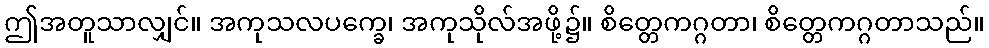
ဤအတူသာလျှင်။ အကုသလပက္ခေ၊ အကုသိုလ်အဖို့၌။ စိတ္တေကဂ္ဂတာ၊ စိတ္တေကဂ္ဂတာသည်။